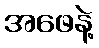
အဖေနဲ့